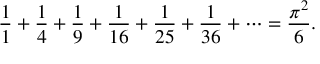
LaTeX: { \frac { 1 } { 1 } } + { \frac { 1 } { 4 } } + { \frac { 1 } { 9 } } + { \frac { 1 } { 1 6 } } + { \frac { 1 } { 2 5 } } + { \frac { 1 } { 3 6 } } + \cdots = { \frac { \pi ^ { 2 } } { 6 } } .